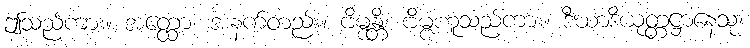
ဤသည်ကား။ အတ္ထော၊ အနက်တည်း။ ဗိမ္ဗန္တိ၊ ဗိမ္ဗံဟူသည်ကား။ ဒီဃာဒိယုတ္တဋ္ဌာနေသု၊